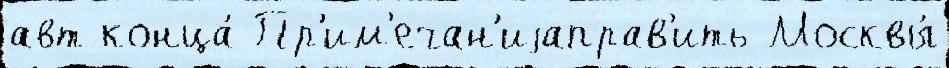
авт конца́ Пр'им'ечан'иjаправ'ить Москвы́